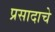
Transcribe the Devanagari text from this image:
प्रसादाचे